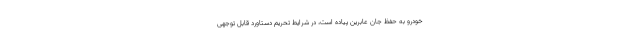
خودرو به حفظ جان عابرین پیاده است، در شرایط تحریم دستاورد قابل توجهی